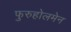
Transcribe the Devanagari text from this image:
फुरुहोलमेन